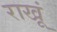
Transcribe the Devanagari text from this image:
राखूं